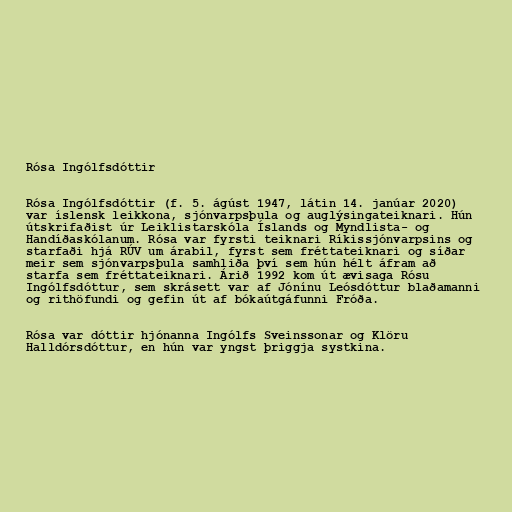
Rósa Ingólfsdóttir

Rósa Ingólfsdóttir (f. 5. ágúst 1947, látin 14. janúar 2020)
var íslensk leikkona, sjónvarpsþula og auglýsingateiknari. Hún
útskrifaðist úr Leiklistarskóla Íslands og Myndlista- og
Handíðaskólanum. Rósa var fyrsti teiknari Ríkissjónvarpsins og
starfaði hjá RÚV um árabil, fyrst sem fréttateiknari og síðar
meir sem sjónvarpsþula samhliða því sem hún hélt áfram að
starfa sem fréttateiknari. Árið 1992 kom út ævisaga Rósu
Ingólfsdóttur, sem skrásett var af Jónínu Leósdóttur blaðamanni
og rithöfundi og gefin út af bókaútgáfunni Fróða.

Rósa var dóttir hjónanna Ingólfs Sveinssonar og Klöru
Halldórsdóttur, en hún var yngst þriggja systkina.